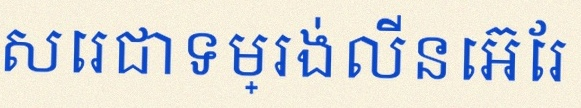
សរសេរជាទម្រង់លីនេអ៊ែរ